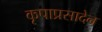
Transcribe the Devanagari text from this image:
कृपाप्रसादेन